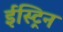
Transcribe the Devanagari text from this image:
ईस्ट्रिन